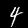
Digit: 4